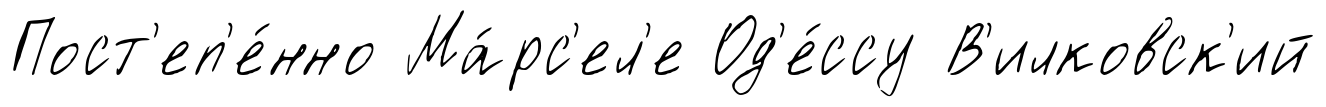
Пост'еп'е́нно Ма́рс'ел'е Од'е́ссу В'илковск'ий